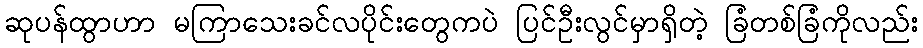
ဆုပန်ထွာဟာ မကြာသေးခင်လပိုင်းတွေကပဲ ပြင်ဦးလွင်မှာရှိတဲ့ ခြံတစ်ခြံကိုလည်း